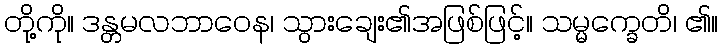
တို့ကို။ ဒန္တမလဘာဝေန၊ သွားချေး၏အဖြစ်ဖြင့်။ သမ္မက္ခေတိ၊ ၏။